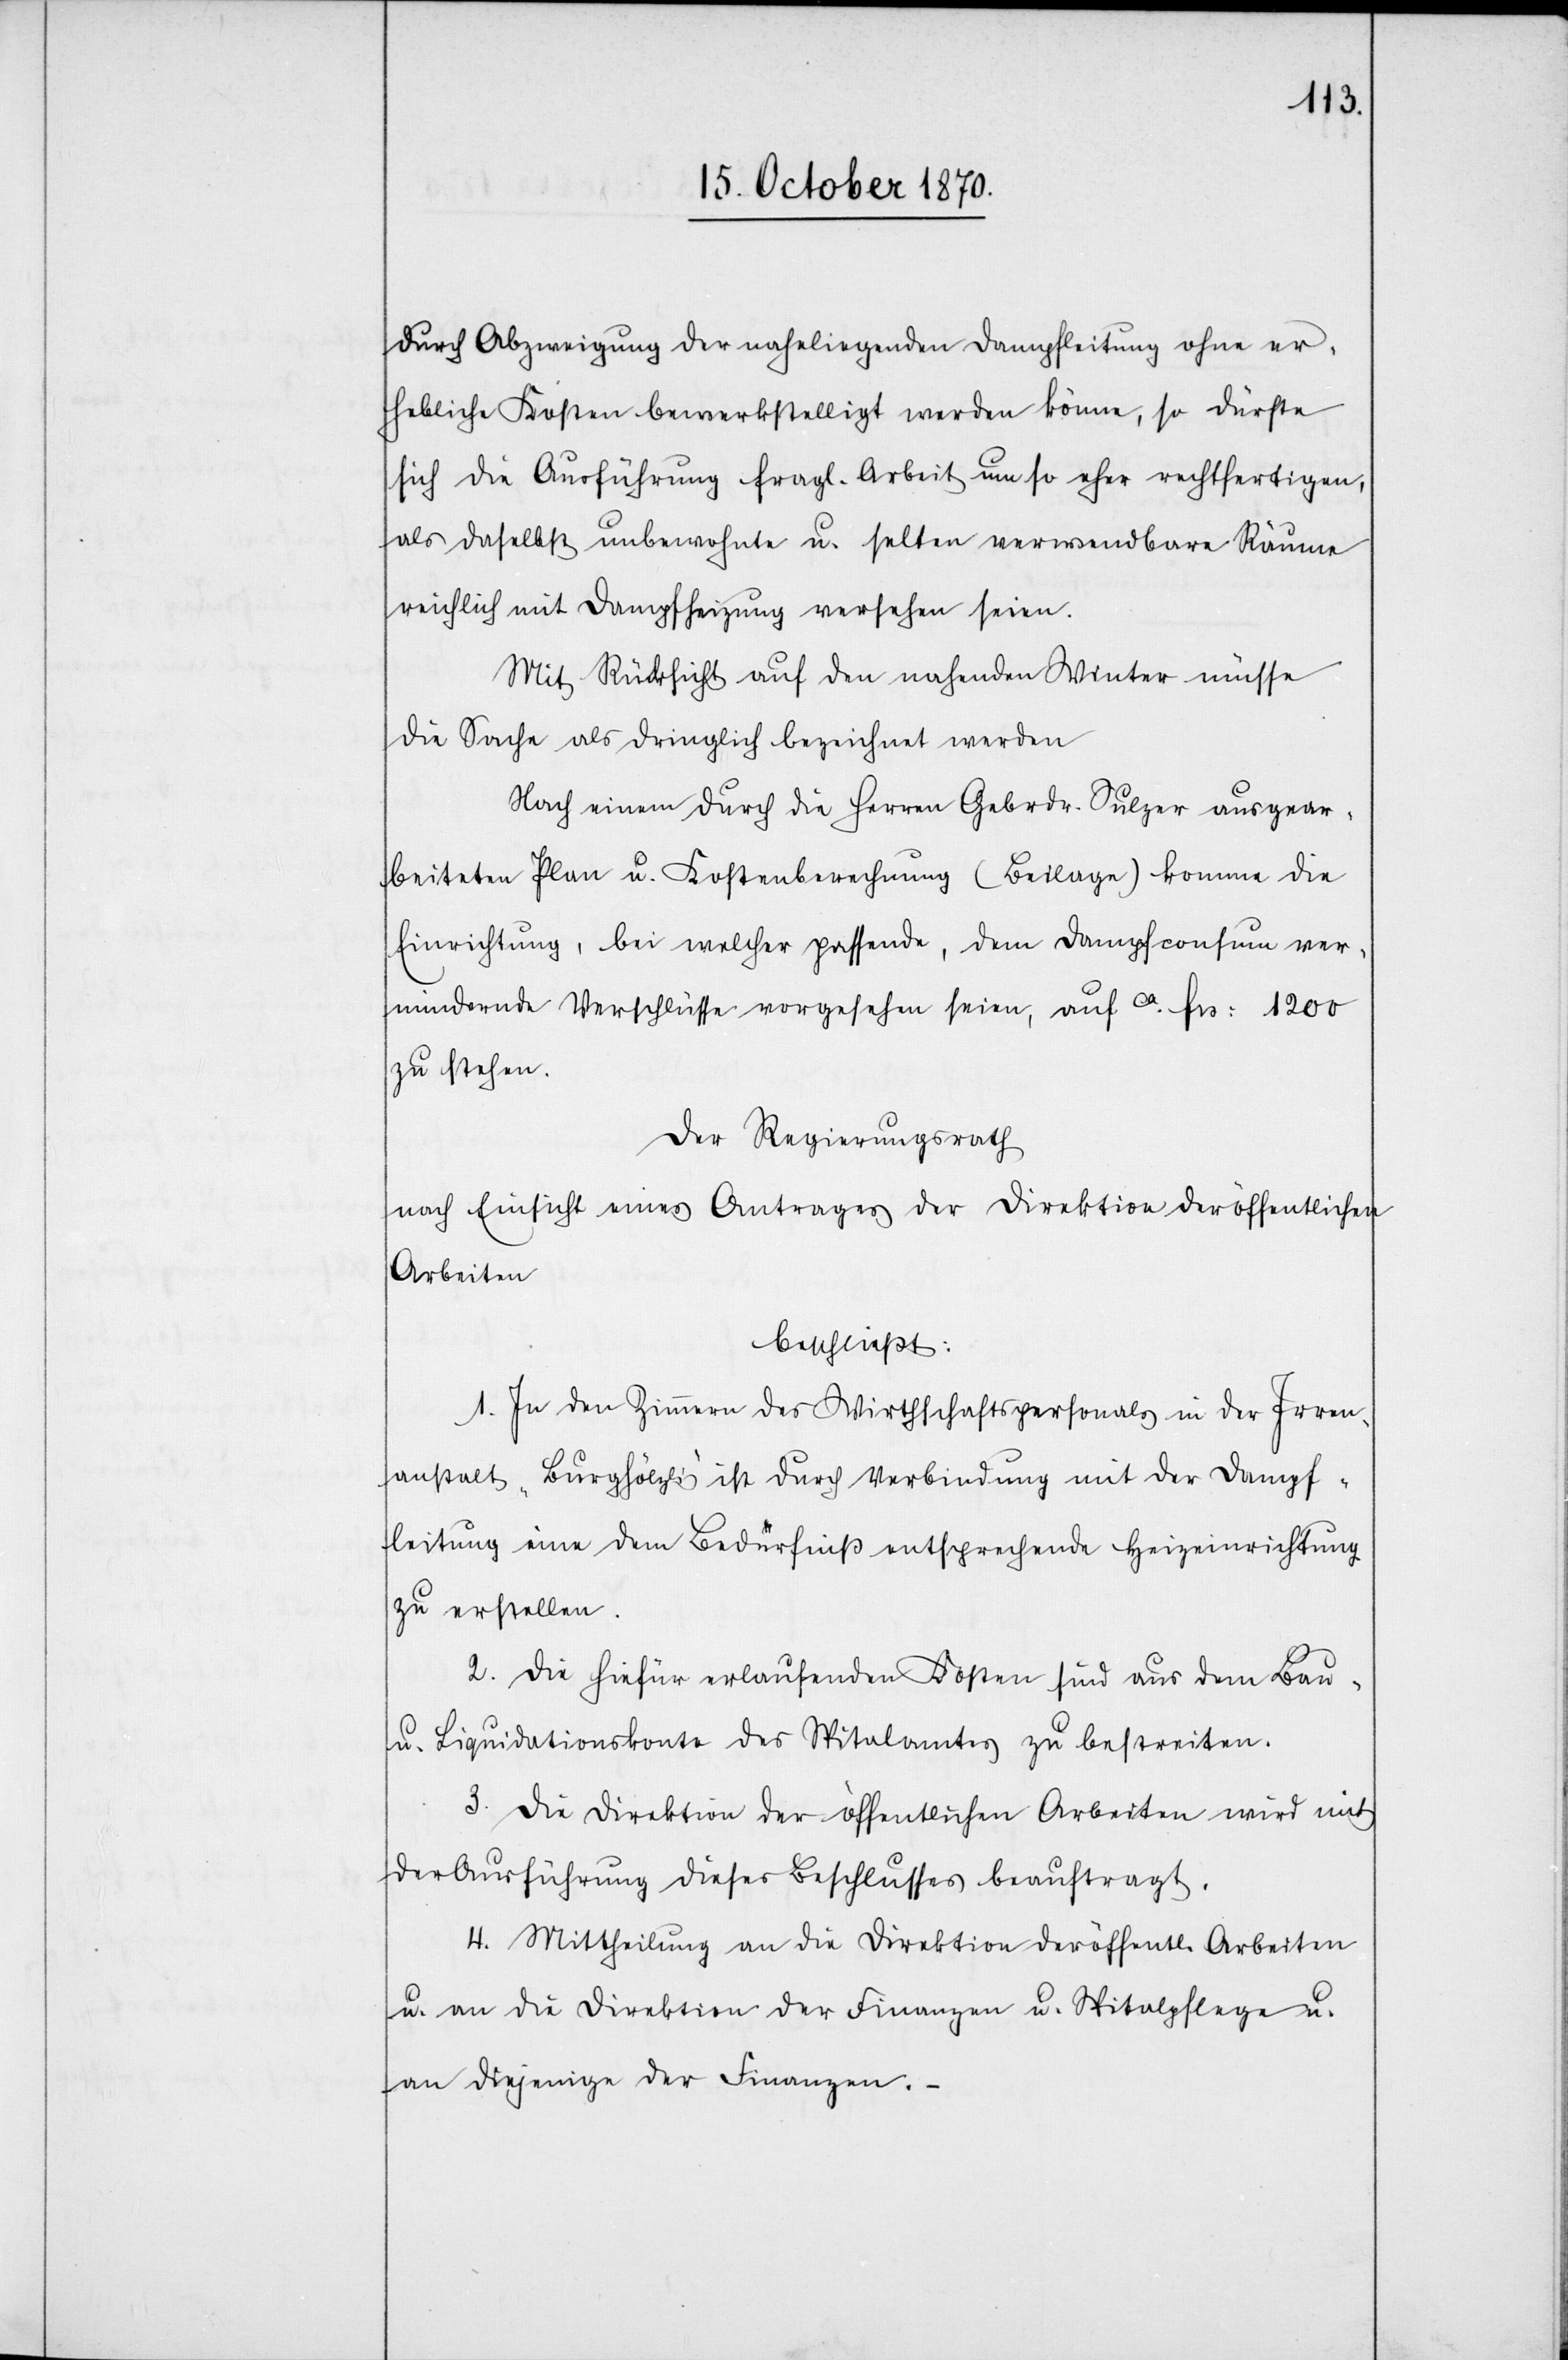
durch Abzweigung der naheliegenden Dampfleitung ohne er¬
hebliche Kosten bewerkstelligt werden könne, so dürfte
sich die Ausführung fragl. Arbeit um so eher rechtfertigen,
als daselbst unbewohnte u. selten verwendbare Räume
reichlich mit Dampfheizung versehen seien.
Mit Rücksicht auf den nahenden Winter müsse
die Sache als dringlich bezeichnet werden.
Nach einem durch die Herren Gebrdr. Sulzer ausgear¬
beiteten Plan u. Kostenberechnung (Beilage) komme die
Einrichtung, bei welcher passende, den Dampfconsum ver¬
mindernde Verschlüsse vorgesehen seien, auf ca. Frs: 1200
zu stehen.
Der Regierungsrath
nach Einsicht eines Antrages der Direktion der öffentlichen
Arbeiten
beschließt:
1. In den Zimmern des Wirthschaftspersonals in der Irren¬
anstalt „Burghölzli“ ist durch Verbindung mit der Dampf¬
leitung eine dem Bedürfniß entsprechende Heizeinrichtung
zu erstellen.
2. Die hiefür erlaufenden Kosten sind aus dem Bau-
u. Liquidationskonto des Spitalamtes zu bestreiten.
3. Die Direktion der öffentlichen Arbeiten wird mit
der Ausführung dieses Beschlusses beauftragt.
4. Mittheilung an die Direktion der öffentl. Arbeiten
u. an die Direktion der Finanzen u. Spitalpflege u.
an diejenige der Finanzen. –